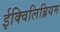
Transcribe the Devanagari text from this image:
ईक्विलिब्रियम